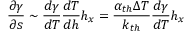
\frac { \partial \gamma } { \partial s } \sim \frac { d \gamma } { d T } \frac { d T } { d h } h _ { x } = \frac { \alpha _ { t h } \Delta T } { k _ { t h } } \frac { d \gamma } { d T } h _ { x }